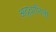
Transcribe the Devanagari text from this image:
अद्र्धागिनी